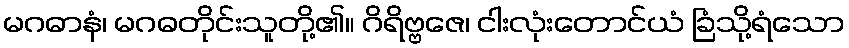
မဂဓာနံ၊ မဂဓတိုင်းသူတို့၏။ ဂိရိဗ္ဗဇေ၊ ငါးလုံးတောင်ယံ ခြံသို့ရံသော